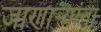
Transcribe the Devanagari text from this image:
जाणार्‍यांना